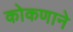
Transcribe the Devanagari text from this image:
कोकणाने